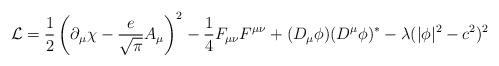
LaTeX: \begin{align*}{\cal L} = \frac{1}{2}\left(\partial_\mu \chi - \frac{e}{\sqrt{\pi}} A_\mu\right)^2 - \frac{1}{4} F_{\mu\nu}F^{\mu\nu} + (D_\mu\phi)(D^\mu\phi)^* -\lambda(|\phi|^2-c^2)^2 \end{align*}